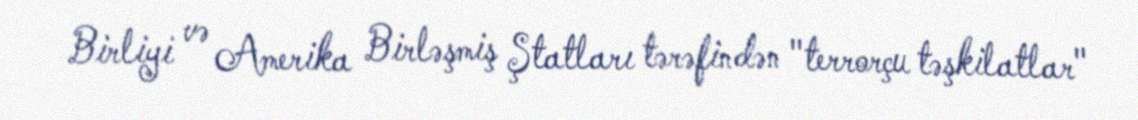
Birliyi və Amerika Birləşmiş Ştatları tərəfindən "terrorçu təşkilatlar"